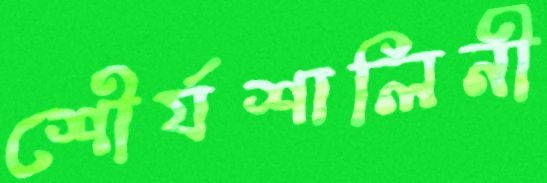
শৌর্যশালিনী